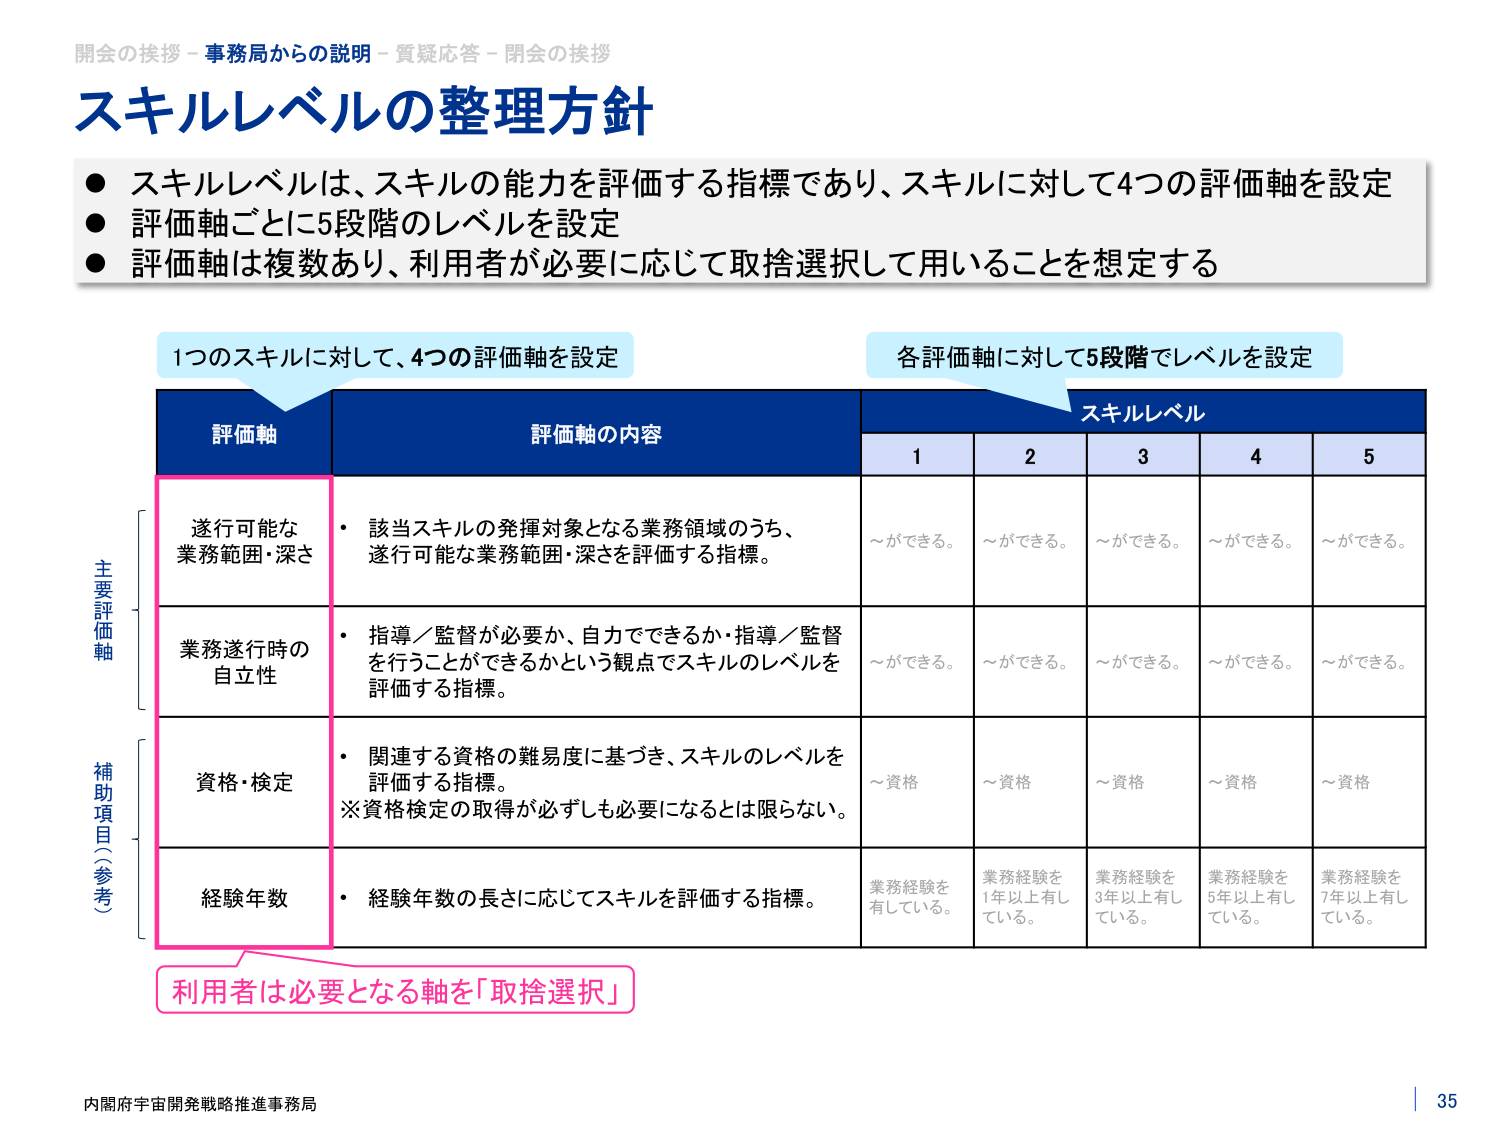
開会の挨拶 - 事務局からの説明 - 質疑応答 - 閉会の挨拶
スキルレベルの整理方針
● スキルレベルは、スキルの能力を評価する指標であり、スキルに対して4つの評価軸を設定
● 評価軸ごとに5段階のレベルを設定
● 評価軸は複数あり、利用者が必要に応じて取捨選択して用いることを想定する

1つのスキルに対して、4つの評価軸を設定
各評価軸に対して5段階でレベルを設定

評価軸